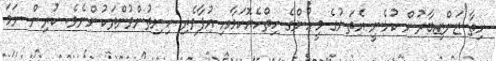
ހިތާ ޒަންޒިބާރުން ކުޅެނީ އެތަނުގެ މީހުންގެ ހިތްހެޔޮކަމާއި އުފާވެރި ހިނިތުންވުންތަކުންނެވެ. ކުރިން ނަމަ